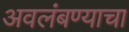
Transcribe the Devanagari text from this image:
अवलंबण्याचा